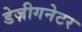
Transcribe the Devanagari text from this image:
डेज़ीगनेटर